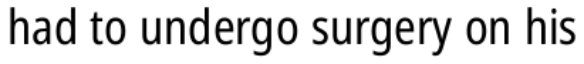
had to undergo surgery on his